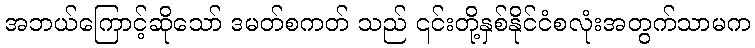
အဘယ်ကြောင့်ဆိုသော် ဒမတ်စကတ် သည် ၎င်းတို့နှစ်နိုင်ငံစလုံးအတွက်သာမက